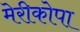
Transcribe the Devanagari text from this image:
मेरीकोपा